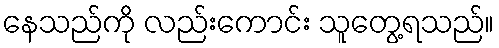
နေသည်ကို လည်းကောင်း သူတွေ့ရသည်။